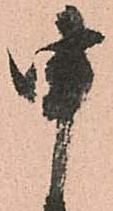
申